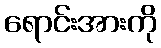
ရောင်းအားကို